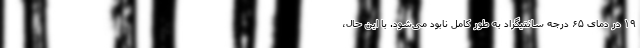
۱۹ در دمای ۶۵ درجه سانتیگراد به طور کامل نابود می‌شود. با این حال،